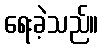
ရေးခဲ့သည်။